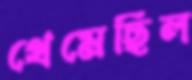
থেমেছিল